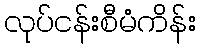
လုပ်ငန်းစီမံကိန်း